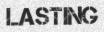
LASTING